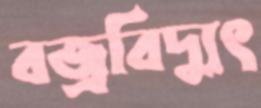
বজ্রবিদ্যুৎ